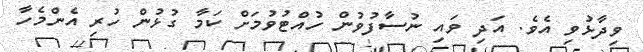
ވިދާޅުވި އެވެ. އަދި ވައި ނުސާފުވުން ހުއްޓުވުމަށް ކަމާ ގުޅުން ހުރި އެންމެހާ